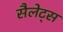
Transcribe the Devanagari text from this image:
सैलेट्स